Indian journal of veterinary science and animal husbandry - Volumes 28-29, 1958-1959
Year: 1958
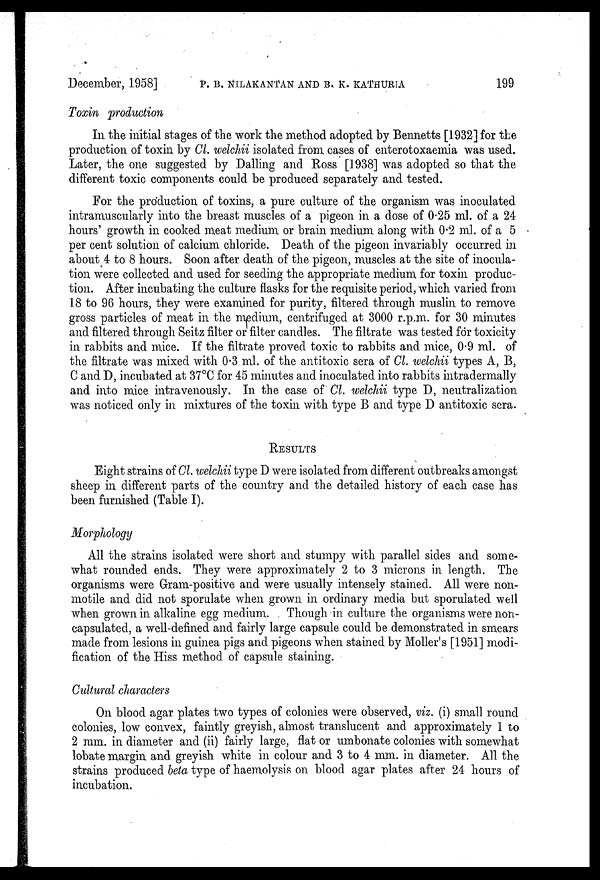
December, 1958] P. B. NILAKANTAN AND B. K. KATHURIA 199
Toxin production
In the initial stages of the work the method adopted by Bennetts [1932] for the
production of toxin by Cl. welchii isolated from cases of enterotoxaemia was used.
Later, the one suggested by Dalling and Ross [1938] was adopted so that the
different toxic components could be produced separately and tested.
For the production of toxins, a pure culture of the organism was inoculated
intramuscularly into the breast muscles of a pigeon in a dose of 0.25 ml. of a 24
hours' growth in cooked meat medium or brain medium along with 0.2 ml. of a 5
per cent solution of calcium chloride. Death of the pigeon invariably occurred in
about 4 to 8 hours. Soon after death of the pigeon, muscles at the site of inocula-
tion were collected and used for seeding the appropriate medium for toxin produc-
tion. After incubating the culture flasks for the requisite period, which varied from
18 to 96 hours, they were examined for purity, filtered through muslin to remove
gross particles of meat in the medium, centrifuged at 3000 r.p.m. for 30 minutes
and filtered through Seitz filter or filter candles. The filtrate was tested for toxicity
in rabbits and mice. If the filtrate proved toxic to rabbits and mice, 0.9 ml. of
the filtrate was mixed with 0.3 ml. of the antitoxic sera of Cl. welchii types A, B,
C and D, incubated at 37°C for 45 minutes and inoculated into rabbits intradermally
and into mice intravenously. In the case of Cl. welchii type D, neutralization
was noticed only in mixtures of the toxin with type B and type D antitoxic sera.
RESULTS
Eight strains of Cl. welchii type D were isolated from different outbreaks amongst
sheep in different parts of the country and the detailed history of each case has
been furnished (Table I).
Morphology
All the strains isolated were short and stumpy with parallel sides and some-
what rounded ends. They were approximately 2 to 3 microns in length. The
organisms were Gram-positive and were usually intensely stained. All were non-
motile and did not sporulate when grown in ordinary media but sporulated well
when grown in alkaline egg medium. Though in culture the organisms were non-
capsulated, a well-defined and fairly large capsule could be demonstrated in smears
made from lesions in guinea pigs and pigeons when stained by Moller's [1951] modi-
fication of the Hiss method of capsule staining.
Cultural characters
On blood agar plates two types of colonies were observed, viz. (i) small round
colonies, low convex, faintly greyish, almost translucent and approximately 1 to
2 mm. in diameter and (ii) fairly large, flat or umbonate colonies with somewhat
lobate margin and greyish white in colour and 3 to 4 mm. in diameter. All the
strains produced beta type of haemolysis on blood agar plates after 24 hours of
incubation.